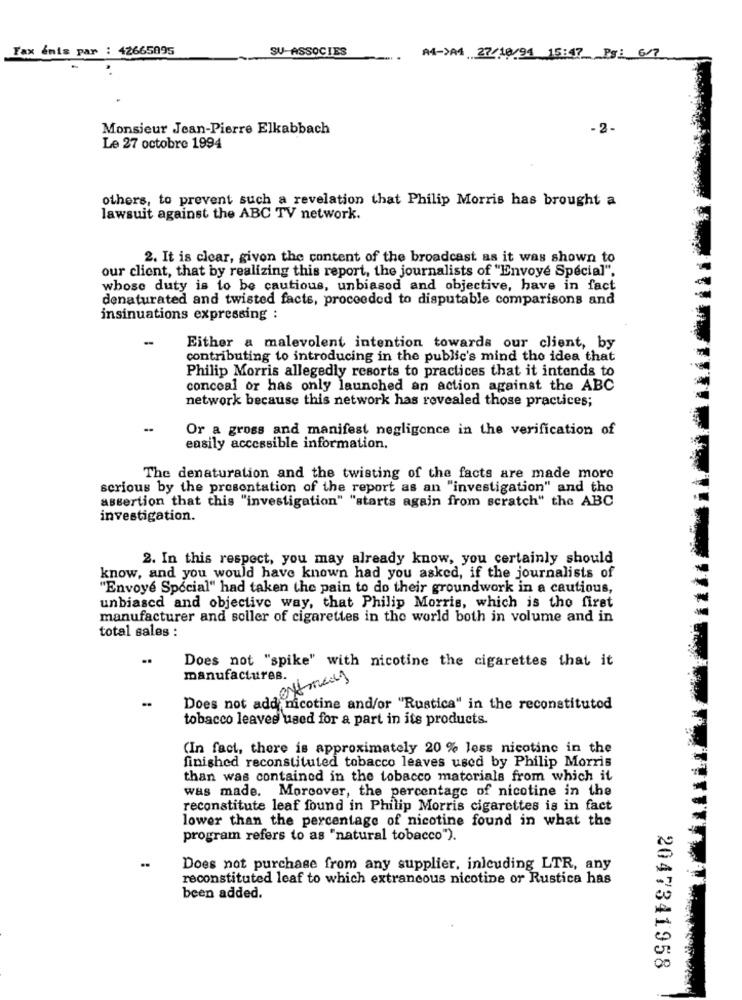
Fax inis par : 42665095
SU-ASSOCIES
A4->A4 27/10/94 15:47 Pg: 6/7
Monsieur Jean-Pierre Elkabbach
- 2-
Le 27 octobre 1994
others, to prevent such a revelation that Philip Morris has brought a
lawsuit against the ABC TV network.
2. It is clear, given the content of the broadcast as it was shown to
our client, that by realizing this report, the journalists of "Envoyé Spécial",
whose duty is to be cautious, unbiased and objective, have in fact
denaturated and twisted facts, proceeded to disputable comparisons and
insinuations expressing :
Either a malevolent intention towards our client, by
contributing to introducing in the public's mind the idea that
Philip Morris allegedly resorts to practices that it intends to
conceal or has only launched an action against the ABC
network because this network has revealed those practices;
Or a gross and manifest negligence in the verification of
easily accessible information.
The denaturation and the twisting of the facts are made more
serious by the presentation of the report as an "investigation" and the
assertion that this "investigation" "starts again from scratch" the ABC
investigation.
2. In this respect, you may already know, you certainly should
know, and you would have known had you asked, if the journalists of
"Envoyé Special" had taken the pain to do their groundwork in a cautious,
unbiased and objective way, that Philip Morris, which is the first
manufacturer and soller of cigarettes in the world both in volume and in
total sales :
..
Does not "spike" with nicotine the cigarettes that it
manufactures.
exmais
..
Does not add nicotine and/or "Rustica" in the reconstituted
tobacco leaves used for a part in its products.
(In fact, there is approximately 20 % less nicotine in the
finished reconstituted tobacco leaves used by Philip Morris
than was contained in the tobacco materials from which it
was made. Moreover, the percentage of nicotine in the
reconstitute leaf found in Philip Morris cigarettes is in fact
lower than the percentage of nicotine found in what the
program refers to as "natural tobacco").
Does not purchase from any supplier, inlcuding LTR, any
reconstituted leaf to which extraneous nicotine or Rustica has
been added.
2047341958